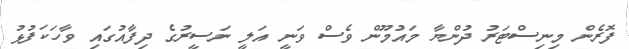
ފޮރެން މިނިސްޓަރު ދުންޔާ މައުމޫން ވެސް ވަނީ އަލީ ނަސީރުގެ ދިފާއުގައި ވާހަކަފުޅު